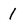
Character: 1